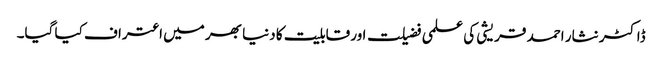
ڈاکٹر نثار احمد قریشی کی علمی فضیلت اور قابلیت کا دنیا بھر میں اعتراف کیا گیا۔